Annual report of the Punjab Veterinary College and of the Civil Veterinary Department, Punjab - 1909-1919
Year: 1909
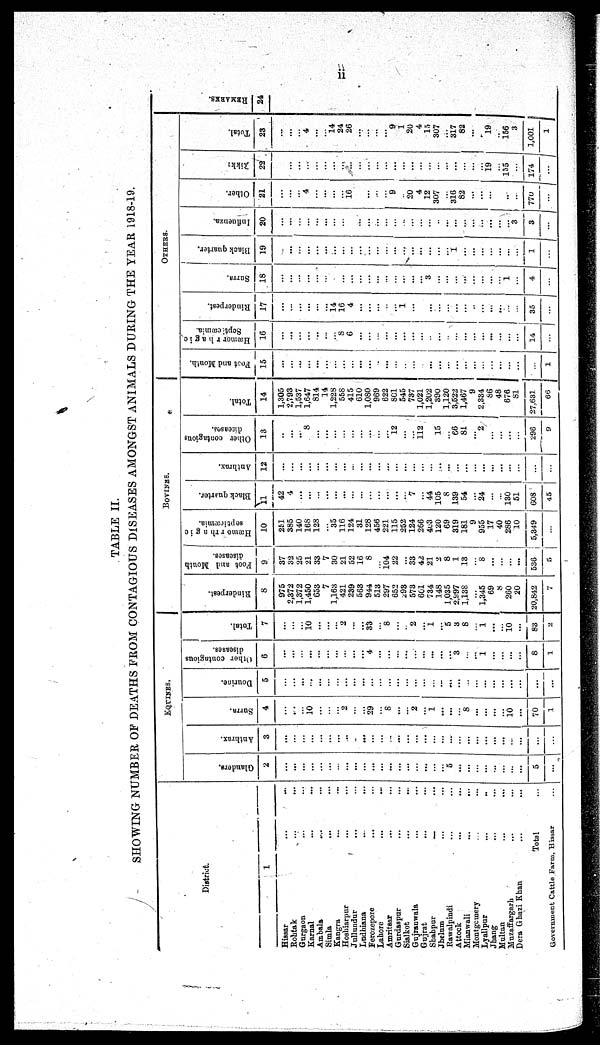
ii
TABLE II.
SHOWING NUMBER OF DEATHS FROM CONTAGIOUS DISEASES AMONGST ANIMALS DURING THE YEAR 1918-19.
District.
1
Hissar ... ...
Rohtak ... ...
Gurgaon ... ...
Karnal ... ...
Ambala
...
...
Simla
...
...
Kangra ... ...
Hoshiarpur ... ...
Jullundur ... ...
Ludhiana ... ...
Ferozepore ... ...
Lahore ... ...
Amritsar ... ...
Gurdaspur ... ...
Sialkot ... ...
Gujranwala ... ...
Gujrat ... ...
Shahpur
...
...
Jhelum ... ...
Rawalpindi ... ...
Attock ... ...
Mianwali
...
...
...
Montgomery ... ...
Lyallpur ... ...
Jhang ... ...
Multan ... ...
Muzaffargarh ... ...
Dera Ghazi Khan ... ...
Total ...
Government Cattle Farm, Hissar ...
EQUINES.
Glanders.
2
...
...
...
...
...
...
...
...
...
...
...
...
...
...
...
...
...
...
...
5
...
...
...
...
...
...
...
...
5
...
Anthrax.
3
...
...
...
...
...
...
...
...
...
...
...
...
...
...
...
...
...
...
...
...
...
...
...
...
...
...
...
...
...
...
Surra.
4
...
...
...
10
...
...
...
2
...
...
29
...
8
...
...
2
...
1
...
...
...
8
...
...
...
...
10
...
70
1
Dourine.
5
...
...
...
...
...
...
...
...
...
...
...
...
...
...
...
...
...
...
...
...
...
...
...
...
...
...
...
...
...
...
Other contagious
diseases.
6
...
...
...
...
...
...
...
...
...
...
4
...
...
...
...
...
...
...
...
...
3
...
...
1
...
...
...
...
8
1
Total.
7
...
...
...
10
...
...
...
2
...
...
33
...
8
...
...
2
...
1
...
5
3
8
...
1
...
...
10
...
83
2
BOVINES.
Rinderpest.
8
975
2,372
1,372
1,450
653
7
1,163
421
239
563
944
513
297
652
293
573
601
734
148
1,035
2,997
1,138
...
1,345
69
8
260
20
20,842
7
Foot and Mouth
diseases.
9
37
32
25
21
33
7
30
21
52
16
8
104
22
33
42
21
2
8
1
13
...
8
...
...
...
...
536
5
Hæmorrhagic
septicæmia.
10
251
385
140
16S
128
...
35
116
124
31
128
456
221
115
252
124
266
403
120
69
319
181
9
955
17
40
286
10
5,349
...
Black quarter.
11
42
4
...
...
...
...
...
...
...
...
...
...
...
...
...
7
...
44
105
8
139
54
...
24
...
...
130
51
608
45
Anthrax.
12
...
...
...
...
...
...
...
...
...
...
...
...
...
...
...
...
...
...
...
...
...
...
...
...
...
...
...
...
...
...
Other contagious
diseases.
13
..
...
...
8
...
...
...
...
...
...
...
...
...
12
...
...
112
15
...
66
81
...
2
...
...
...
...
296
9
Total.
14
1,305
2,793
1,537
1,647
814
14
1,228
558
415
610
1,080
969
622
801
545
737
1,021
1,202
390
1,120
3,522
1,467
9
2,334
86
48
676
81
27,631
66
OTHERS.
Foot and Mouth.
15
...
...
...
...
...
...
...
...
...
...
...
..
...
...
..
...
.
...
...
...
...
...
...
...
...
...
...
...
...
1
Hæmorrhagic
Septicæmia.
16
...
...
...
...
...
...
...
8
6
...
...
...
...
...
...
...
...
..
...
...
...
...
...
...
...
...
...
...
14
...
Rinderpest.
17
...
...
...
...
...
...
14
16
4
...
...
...
...
...
1
...
...
...
...
...
...
..
...
...
...
...
...
35
...
Surra.
18
...
...
...
...
...
...
.
...
...
...
...
...
...
...
...
...
...
3
...
...
...
...
...
...
...
...
1
...
4
...
Black quarter.
19
...
...
...
...
...
...
...
...
...
...
...
...
...
...
...
...
...
...
...
...
1
...
...
...
...
...
...
...
1
...
Inflnenza.
20
...
...
...
...
...
...
...
...
...
...
...
...
...
...
...
...
...
..
...
...
...
...
...
...
...
...
3
3
...
Other.
21
...
...
...
4
...
...
...
...
16
...
...
...
...
9
..
20
4
12
307
...
316
82
...
...
...
..
...
770
...
Rikka
22
...
...
...
...
...
...
...
...
...
...
...
...
...
...
...
...
...
...
...
...
...
...
...
19
...
155
...
174
...
Total.
23
...
...
...
4
...
...
14
24
26
...
...
...
...
9
1
20
4
15
307
...
317
82
...
..
19
..
156
3
1,001
1
RE MARKS .
24